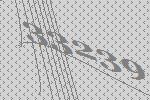
33239